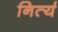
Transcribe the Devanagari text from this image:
निर्त्य